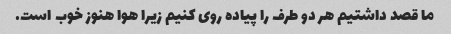
ما قصد داشتیم هر دو طرف را پیاده روی کنیم زیرا هوا هنوز خوب است.